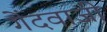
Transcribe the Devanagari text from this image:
गेंदवाजी